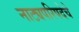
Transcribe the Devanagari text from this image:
नाट्यपरिषदेचे